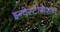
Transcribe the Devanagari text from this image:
इन्वेस्टीगेशन